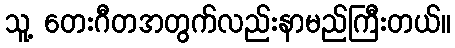
သူ့ တေးဂီတအတွက်လည်းနာမည်ကြီးတယ်။